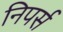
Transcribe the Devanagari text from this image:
निपर्स